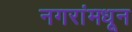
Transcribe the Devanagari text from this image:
नगरांमधून